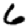
Digit: 6